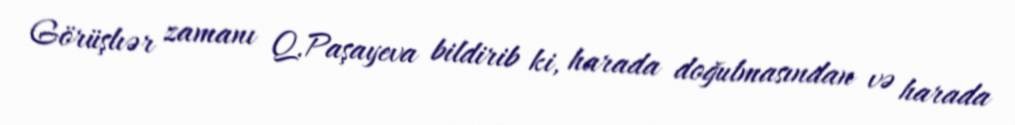
Görüşlıər zamanı Q.Paşayeva bildirib ki, harada doğulmasından və harada